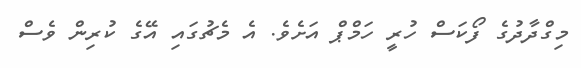
މިގްދާދުގެ ފޯކަސް ހުރީ ހަމްޕް އަށެވެ. އެ މެޗުގައި އޭގެ ކުރިން ވެސް